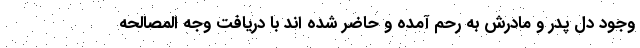
وجود دل پدر و مادرش به رحم آمده و حاضر شده اند با دریافت وجه المصالحه